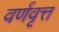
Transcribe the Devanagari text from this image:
वर्णवृत्त